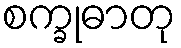
စက္ခုဓာတု